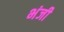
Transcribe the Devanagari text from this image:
भंजी